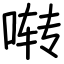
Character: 啭